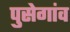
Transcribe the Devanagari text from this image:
पुसेगांव